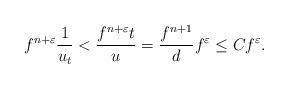
LaTeX: \begin{align*}f^{n+\varepsilon}\frac{1}{u_{t}}<\frac{f^{n+\varepsilon}t}{u}=\frac{f^{n+1}}{d}f^{\varepsilon}\leq Cf^{\varepsilon}.\end{align*}